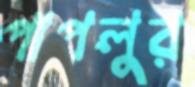
পাপলুর